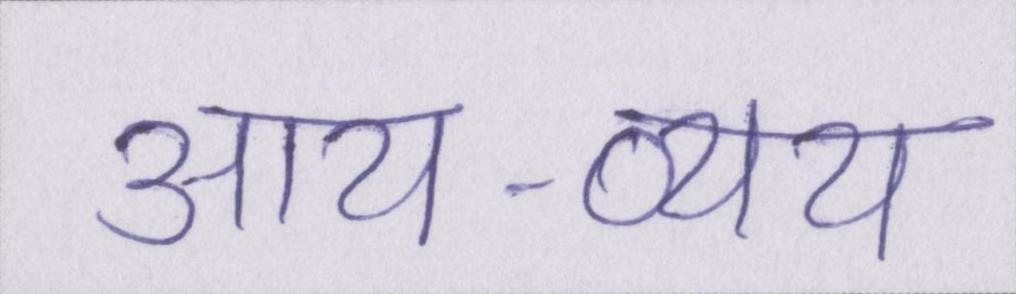
आय-व्यय